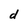
Character: d